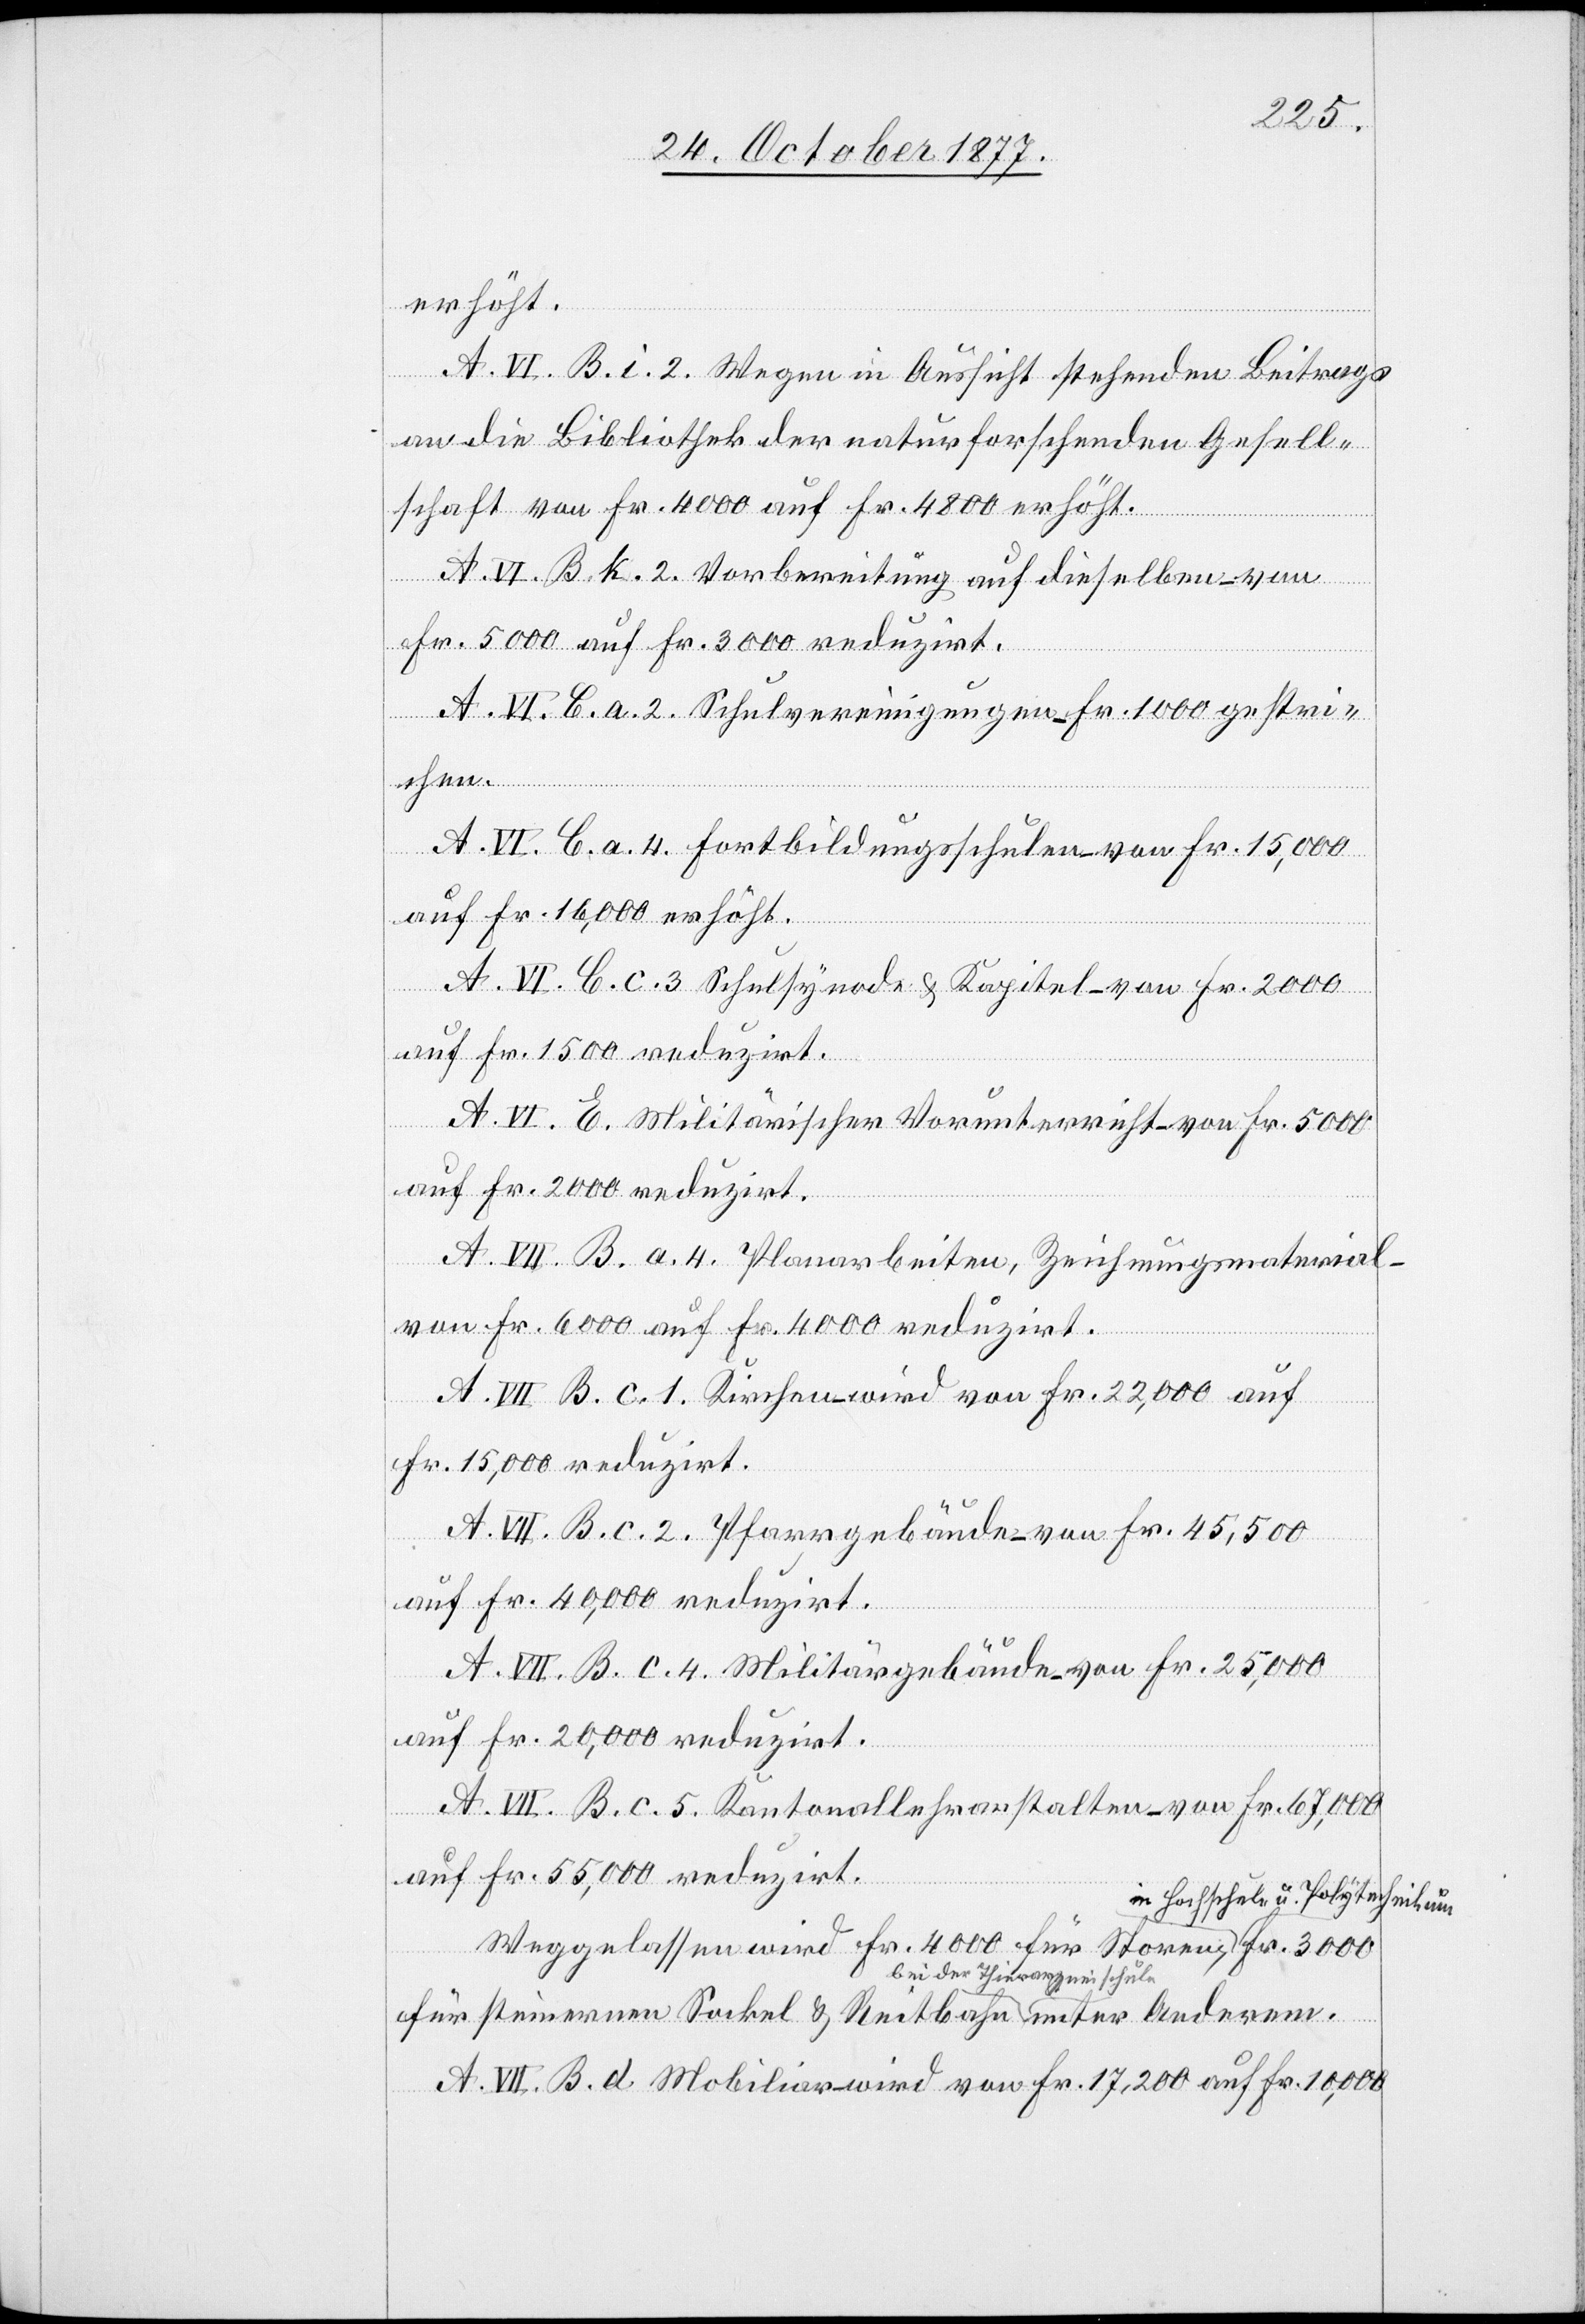
erhöht.
A. VI. B. i. 2. Wegen in Aussicht stehenden Beitrags
an die Bibliothek der naturforschenden Gesell¬
schaft von Fr. 4000 auf Fr. 4800 erhöht.
A. VI. B. k. 2. Vorbereitung auf dieselben – von
Fr. 5000 auf Fr. 3000 reduzirt.
Ander¬
em.
A. VI. C. a. 2. Schulvereinigungen – Fr. 1000 gestr¬
A. VI. C. a. 4. Fortbildungsschulen – von Fr. 15,000
auf Fr. 16,000 erhöht.
A. VI. C. c. 3 Schulsynode & Kapitel – von Fr. 2000
auf Fr. 1500 reduzirt.
le
unter
A. VI. E. Militärischer Vorunterricht – von Fr. 5000
auf Fr. 2000 reduzirt.
A. VII. B. a. 4. Planarbeiten, Zeichnungsmaterial –
von Fr. 6000 auf Fr. 4000 reduzirt.
A. VII B. c. 1. Kirchen – wird von Fr. 22,000 auf
Fr. 15,000 reduzirt.
A. VII. B. c. 2. Pfarrgebäude – von Fr. 45,500
auf Fr. 40,000 reduzirt.
A. VII. B. c. 4. Militärgebäude – von Fr. 25,000
auf Fr. 20,000 reduzirt.
A. VII. B. c. 5. Kantonallehranstalten – von Fr. 67,000
auf Fr. 55,000 reduzirt.
chschule u. Polytechnikum,
Weggelassen wird Fr. 4000 für Storen in Ho¬
A. VII. B. d. Mobiliar – wird von Fr. 17,200 auf Fr. 10,000